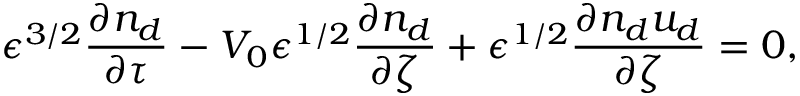
\epsilon ^ { 3 / 2 } \frac { \partial n _ { d } } { \partial \tau } - V _ { 0 } \epsilon ^ { 1 / 2 } \frac { \partial n _ { d } } { \partial \zeta } + \epsilon ^ { 1 / 2 } \frac { \partial n _ { d } u _ { d } } { \partial \zeta } = 0 ,